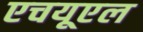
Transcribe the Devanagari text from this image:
एचयूएल